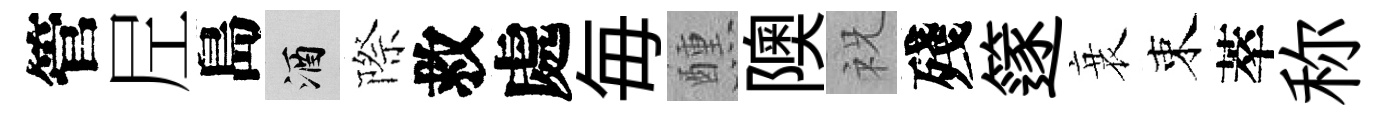
管𡰱島酒際救處毎醺隩祝殘篴衰束萃称